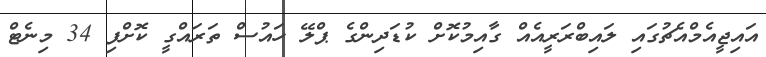
އައިޖީއެމްއެޗުގައި ލައިބްރަރީއެއް ގާއިމުކޮށް ކުޑަދިންގެ ޕްލޭ ހައުސް ތަރައްގީ ކޮށްފި 34 މިނެޓް